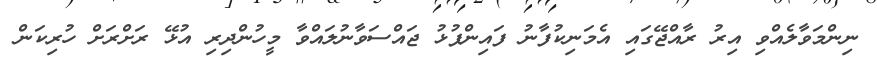
ނިންމަވާލެއްވި އިރު ރާއްޖޭގައި އެމަނިކުފާނު ފައިންޕުޅު ޖައްސަވާނުލައްވާ މީހުންދިރި އުޅޭ ރަށްރަށް ހުރިކަން